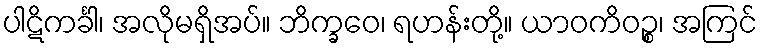
ပါဋိကင်္ခါ၊ အလိုမရှိအပ်။ ဘိက္ခဝေ၊ ရဟန်းတို့။ ယာဝကိဝဉ္စ၊ အကြင်